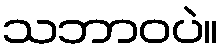
သဘာဝပဲ။